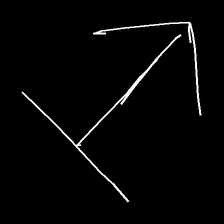
Glyph: levitation